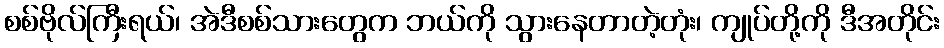
စစ်ဗိုလ်ကြီးရယ်၊ အဲဒီစစ်သားတွေက ဘယ်ကို သွားနေတာတဲ့တုံး၊ ကျုပ်တို့ကို ဒီအတိုင်း